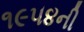
૧૯૫૪ની